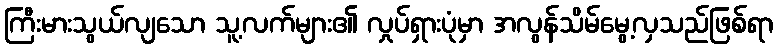
ကြီးမားသွယ်လျသော သူ့လက်များ၏ လှုပ်ရှားပုံမှာ အလွန်သိမ်မွေ့လှသည်ဖြစ်ရာ